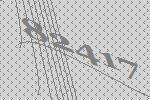
82417